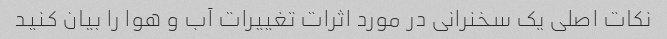
نکات اصلی یک سخنرانی در مورد اثرات تغییرات آب و هوا را بیان کنید